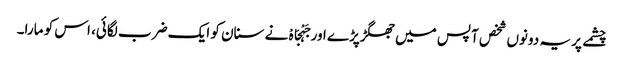
چشمے پر یہ دونوں شخص آپس میں جھگڑپڑے اور جَہْجَاہْ نے سنان کو ایک ضرب لگائی، اس کو مارا۔